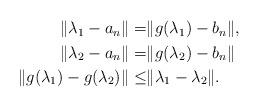
LaTeX: \begin{align*}\begin{aligned}\|\lambda_{1}-a_{n}\|= & \|g(\lambda_{1})-b_{n}\|,\\\|\lambda_{2}-a_{n}\|= & \|g(\lambda_{2})-b_{n}\|\\\|g(\lambda_{1})-g(\lambda_{2})\|\le & \|\lambda_{1}-\lambda_{2}\|.\end{aligned}\end{align*}